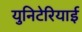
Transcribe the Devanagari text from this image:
युनिटेरियाई